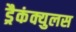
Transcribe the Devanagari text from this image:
ड्रैकंक्युलस